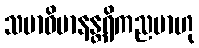
သမာဓိမာနန္တရိကညမာဟု